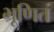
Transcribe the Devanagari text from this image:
भ्रूणित